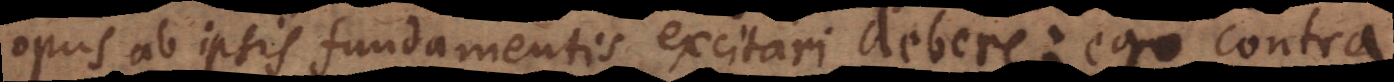
opus ab ipsis fundamentis excitari debere: ego contra